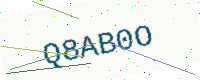
Text: Q8AB0O